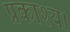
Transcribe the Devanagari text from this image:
प्रकाश्य।